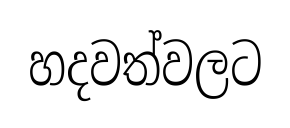
හදවත්වලට